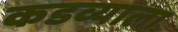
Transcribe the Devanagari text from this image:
कडव्याला